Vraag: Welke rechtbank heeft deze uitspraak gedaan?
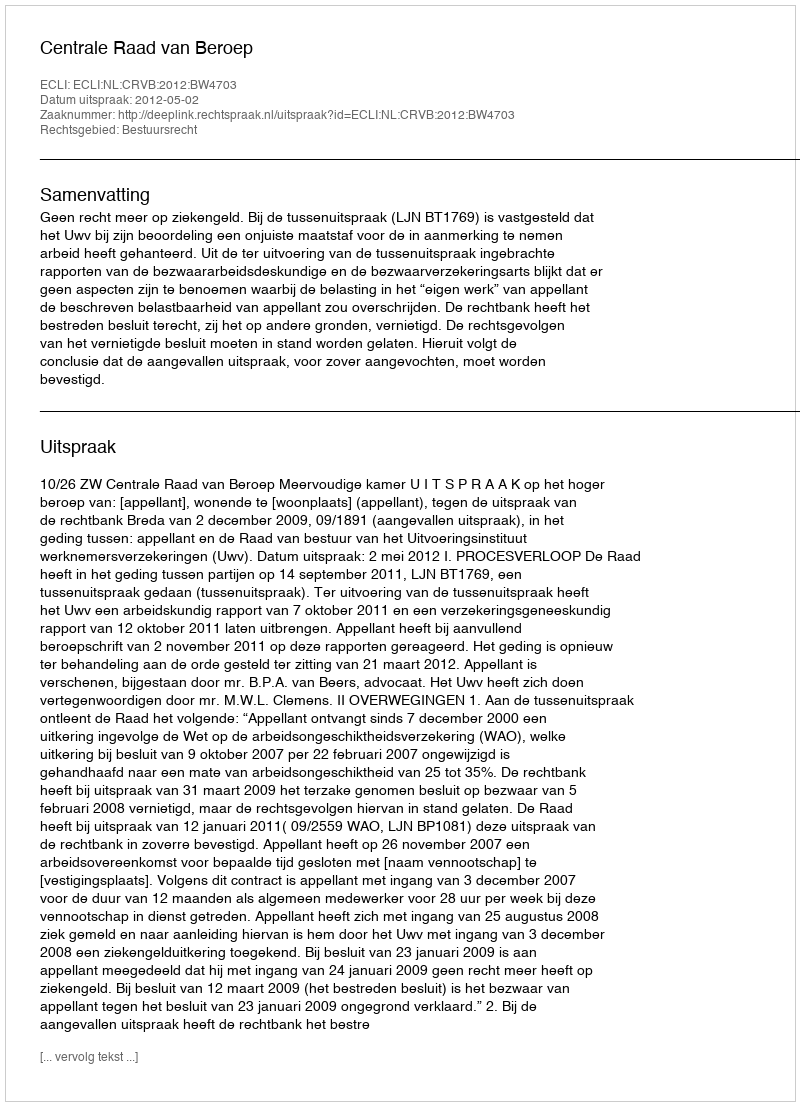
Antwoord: Centrale Raad van Beroep